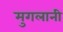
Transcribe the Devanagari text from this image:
मुगलानी